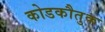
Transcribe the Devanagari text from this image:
कोडकौतुक